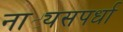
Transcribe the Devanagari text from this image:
नाट्यसपर्धा